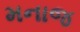
મનાજ